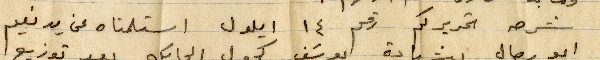
شرحه تحريركم رقم ١٤ أيلول استلمناه عن يد نعيم